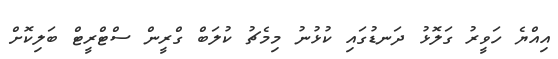
އިއްޔެ ހަވީރު ގަލޮޅު ދަނޑުގައި ކުޅުނު މިމެޗު ކުލަބް ގްރީން ސްޓްރީޓް ބަލިކޮށް